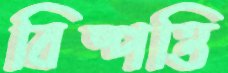
বিষ্পত্তি